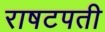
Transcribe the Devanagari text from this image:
राषटपती